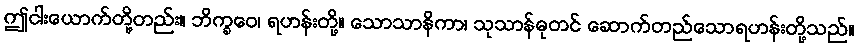
ဤငါးယောက်တို့တည်း။ ဘိက္ခဝေ၊ ရဟန်းတို့။ သောသာနိကာ၊ သုသာန်ဓုတင် ဆောက်တည်သောရဟန်းတို့သည်။